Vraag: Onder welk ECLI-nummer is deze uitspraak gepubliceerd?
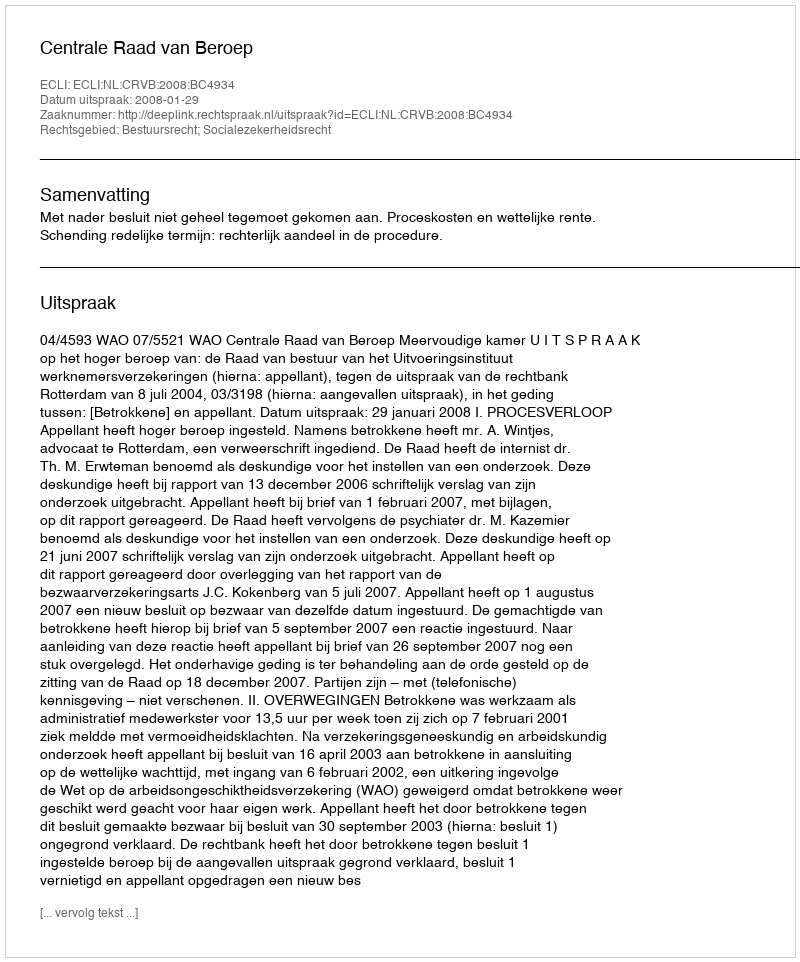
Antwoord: ECLI:NL:CRVB:2008:BC4934